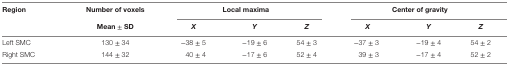
<table><thead><tr><td rowspan="2"><b>Region</b></td><td><b>Number of voxels</b></td><td colspan="3"><b>Local maxima</b></td><td colspan="3"><b>Center of gravity</b></td></tr><tr><td><b>Mean ± SD</b></td><td><b><i>X</i></b></td><td><b><i>Y</i></b></td><td><b><i>Z</i></b></td><td><b><i>X</i></b></td><td><b><i>Y</i></b></td><td><b><i>Z</i></b></td></tr></thead><tbody><tr><td>Left SMC</td><td>130 ± 34</td><td>−38 ± 5</td><td>−19 ± 6</td><td>54 ± 3</td><td>−37 ± 3</td><td>−19 ± 4</td><td>54 ± 2</td></tr><tr><td>Right SMC</td><td>144 ± 32</td><td>40 ± 4</td><td>−17 ± 6</td><td>52 ± 4</td><td>39 ± 3</td><td>−17 ± 4</td><td>52 ± 2</td></tr></tbody></table>